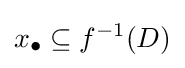
x_{\bullet }\subseteq f^{-1}(D)